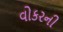
વોકરની